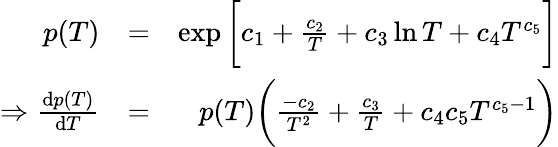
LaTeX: \begin{array}{rlr}{p(T)}&{=}&{\exp\bigg[c_{1}+\frac{c_{2}}{T}+c_{3}\ln T+c_{4}T^{c_{5}}\bigg]}\\ {\Rightarrow\frac{\mathrm{d}p(T)}{\mathrm{d}T}}&{=}&{p(T)\bigg(\frac{-c_{2}}{T^{2}}+\frac{c_{3}}{T}+c_{4}c_{5}T^{c_{5}-1}\bigg)}\end{array}